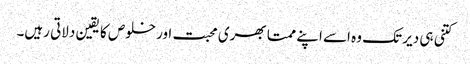
کتنی ہی دیر تک وہ اسے اپنے ممتا بھری محبت اور خلوص کا یقین دلاتی رہیں۔